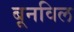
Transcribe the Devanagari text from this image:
बूनविल